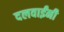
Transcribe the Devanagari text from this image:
दलवाईंनी